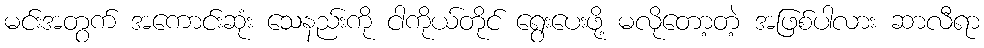
မင်းအတွက် အကောင်းဆုံး သေနည်းကို ငါကိုယ်တိုင် ရွေးပေးဖို့ မလိုတော့တဲ့ အဖြစ်ပါလား ဆာလီရာ